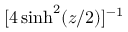
[ 4 \sinh ^ { 2 } ( z / 2 ) ] ^ { - 1 }